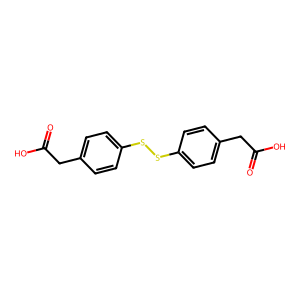
SMILES: O=C(O)Cc1ccc(SSc2ccc(CC(=O)O)cc2)cc1
Inhibits HIV replication: Yes